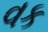
વક